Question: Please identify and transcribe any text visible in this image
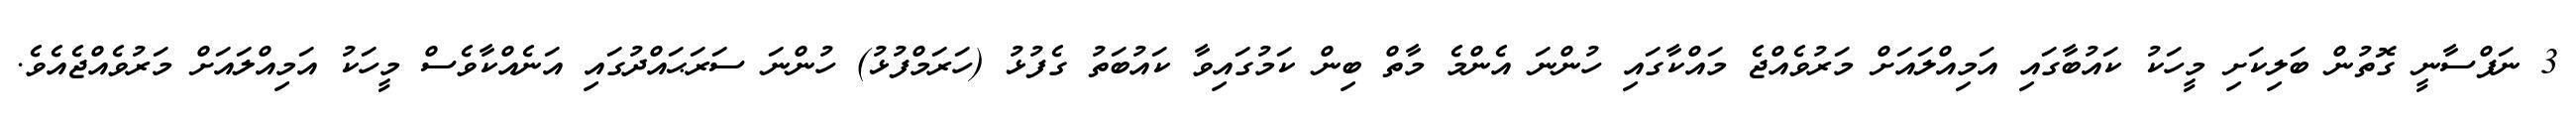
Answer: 3 ނަފްސާނީ ގޮތުން ބަލިކަށި މީހަކު ކައުބާގައި އަމިއްލައަށް މަރުވެއްޖެ މައްކާގައި ހުންނަ އެންމެ މާތް ބިން ކަމުގައިވާ ކައުބަތު ގެފުޅު (ހަރަމްފުޅު) ހުންނަ ސަރަޙައްދުގައި އަނެއްކާވެސް މީހަކު އަމިއްލައަށް މަރުވެއްޖެއެވެ.